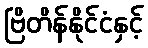
ဗြိတိန်နိုင်ငံနှင့်